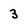
Character: 3